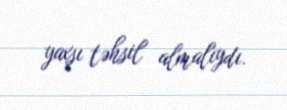
yaxşı təhsil almalıydı.